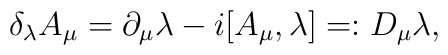
\delta_\lambda A_\mu = \partial_\mu\lambda - i[A_\mu,\lambda]=:D_\mu\lambda,